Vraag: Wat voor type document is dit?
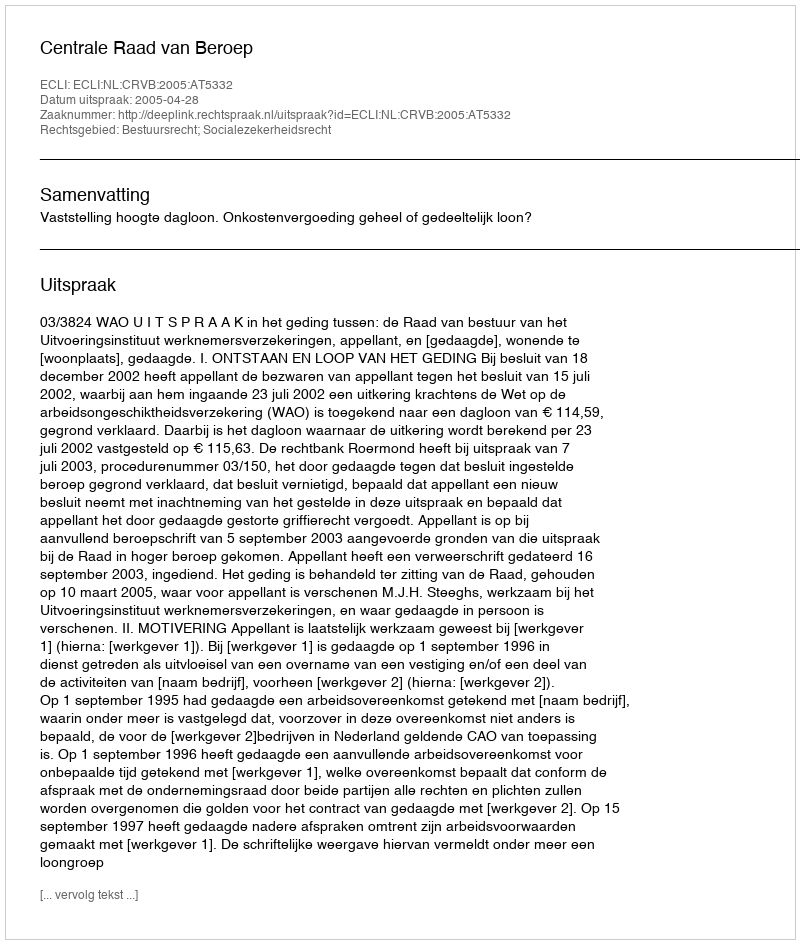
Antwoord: Uitspraak